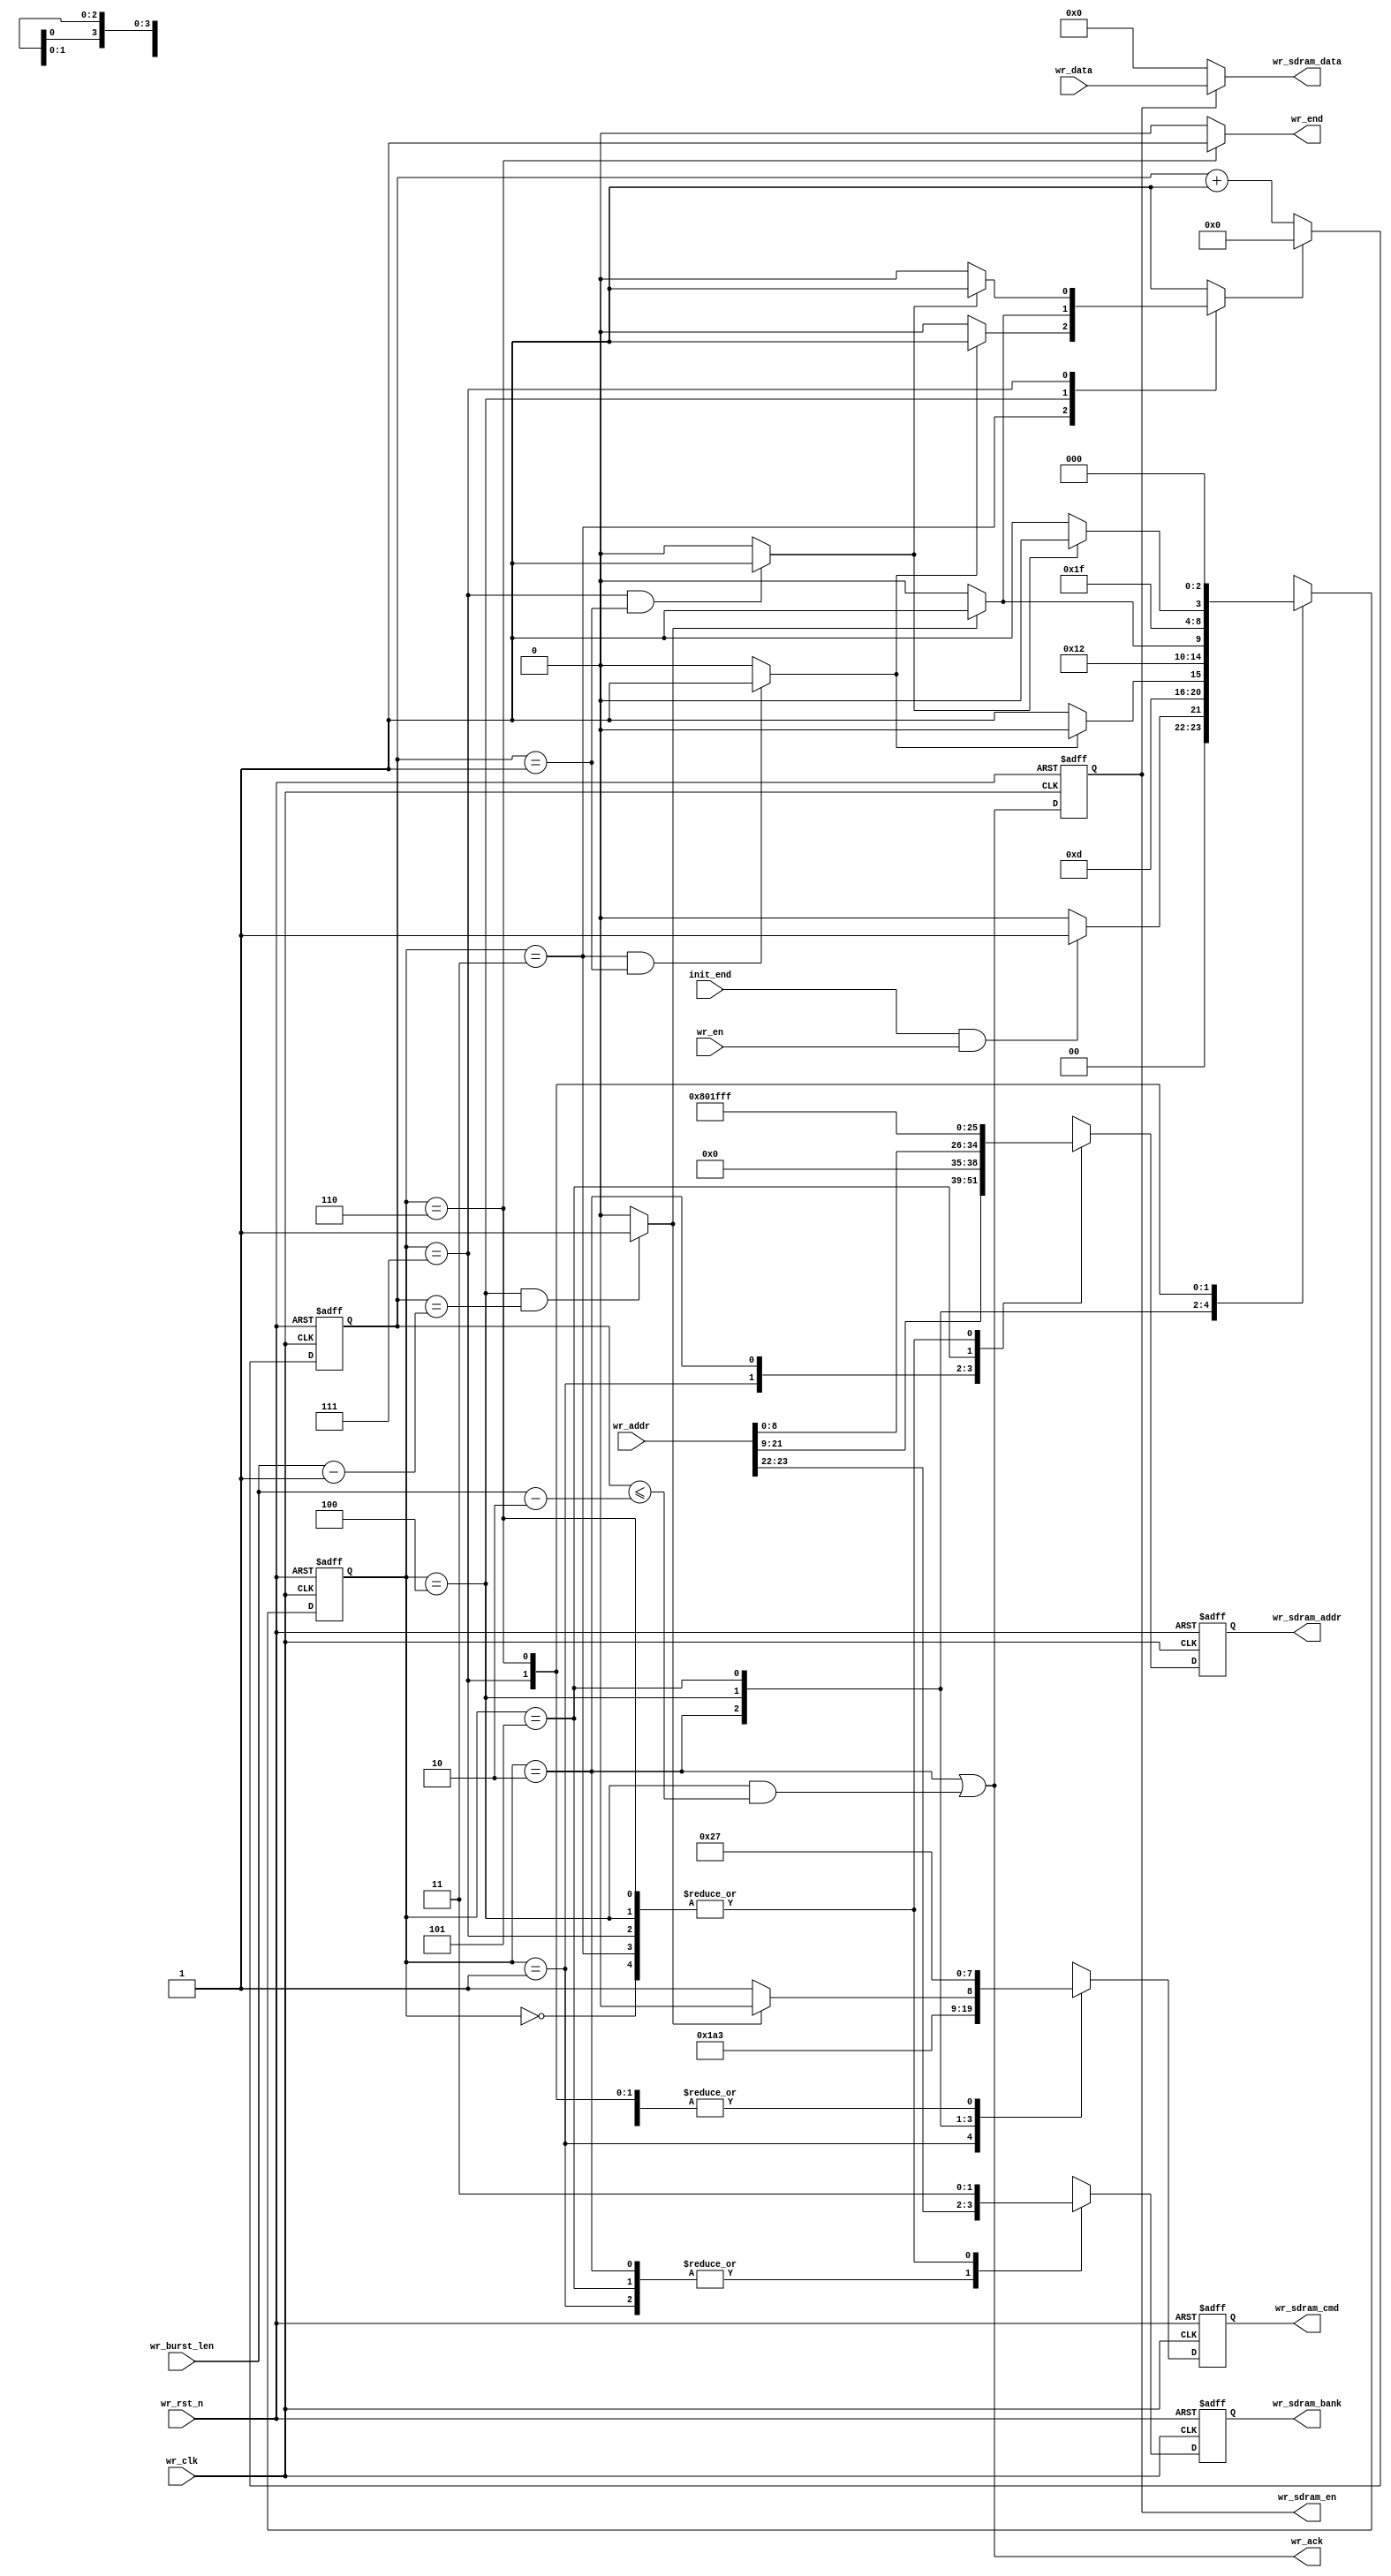
module sdram_wr(
	input			wr_clk			,
	input			wr_rst_n		,
	input			init_end		,
	input			wr_en			,
	input	[23:0]	wr_addr			,
	input	[15:0]	wr_data			,
	input	[9:0]	wr_burst_len	,
	
	output			wr_ack			,
	output			wr_end			,
	output	reg[3:0]	wr_sdram_cmd	,
	output	reg[1:0]	wr_sdram_bank	,
	output	reg[12:0]	wr_sdram_addr	,
	output	reg		wr_sdram_en		,
	output	[15:0]	wr_sdram_data
);

//waiting time parameter
parameter	TRP = 3'd2,
			TRCD = 3'd2;
//command parameter
parameter	NOP 		= 4'b0111,
			PRECHARGE   = 4'b0010,
			ACTIVE      = 4'b0011,
			WRITE       = 4'b0100,
			BURST_STOP  = 4'b0110;
//state code
parameter	WR_IDLE 	= 3'b000,
			WR_ACT		= 3'b001,
			WR_TRCD		= 3'b011,
			WR_WR_CMD 	= 3'b010,
			WR_DATA		= 3'b100,
			WR_PRE		= 3'b101,
			WR_TRP		= 3'b111,
			WR_END		= 3'b110;
//state define
reg [2:0] state_cur;
reg [2:0] state_next;
//flag
wire	trp_end_flag;
wire	trcd_end_flag;
wire	wr_end_flag;

reg			cnt_fsm_rst;
reg [9:0] 	cnt_fsm;

assign wr_end = (state_cur == WR_END) ? 1'b1 : 1'b0;
assign wr_ack = (state_cur == WR_WR_CMD) || ((state_cur == WR_DATA) && (cnt_fsm <= wr_burst_len - 2'd2));
assign wr_sdram_data = wr_sdram_en ? wr_data : 16'd0;


assign trp_end_flag = (state_cur == WR_TRP && cnt_fsm == TRP - 1'b1) ? 1'b1 : 1'b0;
assign trcd_end_flag = (state_cur == WR_TRCD && cnt_fsm == TRCD - 1'b1) ? 1'b1 : 1'b0;
assign wr_end_flag = (state_cur == WR_DATA && cnt_fsm == wr_burst_len - 1'b1) ? 1'b1 : 1'b0;


always@(posedge wr_clk or negedge wr_rst_n)begin
	if(~wr_rst_n)begin
		wr_sdram_en <= 1'b0;
	end
	else begin
		wr_sdram_en <= wr_ack;
	end
end

always@(*)begin
	case(state_cur)
		WR_IDLE 	: cnt_fsm_rst = 1'b1;
		WR_TRCD 	: cnt_fsm_rst = trcd_end_flag ? 1'b1 : 1'b0;
		WR_WR_CMD 	: cnt_fsm_rst = 1'b1;
		WR_DATA		: cnt_fsm_rst = wr_end_flag ? 1'b1 : 1'b0;
		WR_PRE		: cnt_fsm_rst = 1'b1;
		WR_TRP		: cnt_fsm_rst = trp_end_flag ? 1'b1 : 1'b0;
		WR_END		: cnt_fsm_rst = 1'b1;
		default		: cnt_fsm_rst = 1'b1;
	endcase
end
always@(posedge wr_clk or negedge wr_rst_n)begin
	if(~wr_rst_n)begin
		cnt_fsm <= 10'd0;
	end
	else begin
		if(cnt_fsm_rst)
			cnt_fsm <= 10'd0;
		else
			cnt_fsm <= cnt_fsm + 1'b1;
	end
end

always@(posedge wr_clk or negedge wr_rst_n)begin
	if(~wr_rst_n)
		state_cur <= WR_IDLE;
	else
		state_cur <= state_next;
end
always@(*)begin
	case(state_cur)
		WR_IDLE 	:begin
			if(init_end & wr_en)
				state_next = WR_ACT;
			else
				state_next = WR_IDLE;
		end
	    WR_ACT		:begin
			state_next = WR_TRCD;
		end
	    WR_TRCD		:begin
			if(trcd_end_flag)
				state_next = WR_WR_CMD;
			else
				state_next = WR_TRCD;
		end
	    WR_WR_CMD 	:begin
			state_next = WR_DATA;
		end
	    WR_DATA		:begin
			if(wr_end_flag)
				state_next = WR_PRE;
			else
				state_next = WR_DATA;
		end
	    WR_PRE		:begin
			state_next = WR_TRP;
		end
	    WR_TRP		:begin
			if(trp_end_flag)
				state_next = WR_END;
			else
				state_next = WR_TRP;
		end
	    WR_END		:begin
			state_next = WR_IDLE;
		end
		default		:begin
			state_next = WR_IDLE;
		end
	endcase
end
always@(posedge wr_clk or negedge wr_rst_n)begin
	if(~wr_rst_n)begin
		wr_sdram_cmd	<=	NOP;
		wr_sdram_bank	<=	2'b11;
		wr_sdram_addr	<=	13'h1fff;
	end
	else begin
		case(state_cur)
			WR_IDLE 	:begin
				wr_sdram_cmd	<=	NOP;
				wr_sdram_bank	<=	2'b11;
				wr_sdram_addr	<=	13'h1fff;
			end
		    WR_ACT		:begin
				wr_sdram_cmd	<=	ACTIVE;
			    wr_sdram_bank	<=	wr_addr[23:22];
			    wr_sdram_addr	<=	wr_addr[21:9];
			end
		    WR_TRCD		:begin
				wr_sdram_cmd	<=	NOP;
			    wr_sdram_bank	<=	2'b11;
			    wr_sdram_addr	<=	13'h1fff;
			end
		    WR_WR_CMD 	:begin
				wr_sdram_cmd	<=	WRITE;
			    wr_sdram_bank	<=	wr_addr[23:22];
			    wr_sdram_addr	<=	{4'b0000,wr_addr[8:0]};
			end
		    WR_DATA		:begin
				wr_sdram_bank	<=	2'b11;
			    wr_sdram_addr	<=	13'h1fff;
			    if(wr_end_flag)
					wr_sdram_cmd	<=	BURST_STOP;
				else
					wr_sdram_cmd	<=	NOP;
			end
		    WR_PRE		:begin
				wr_sdram_cmd	<=	PRECHARGE;
			    wr_sdram_bank	<=	wr_addr[23:22];
			    wr_sdram_addr	<=	13'h0400;//A10 = "1"
			end
		    WR_TRP		:begin
				wr_sdram_cmd	<=	NOP;
			    wr_sdram_bank	<=	2'b11;
			    wr_sdram_addr	<=	13'h1fff;
			end
		    WR_END		:begin
				wr_sdram_cmd	<=	NOP;
				wr_sdram_bank	<=	2'b11;
				wr_sdram_addr	<=	13'h1fff;
			end
			default		:begin
				wr_sdram_cmd	<=	NOP;
			    wr_sdram_bank	<=	2'b11;
			    wr_sdram_addr	<=	13'h1fff;
			end
		endcase
	end
end
endmodule